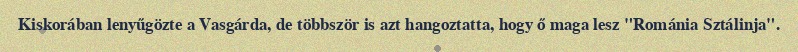
Kiskorában lenyűgözte a Vasgárda, de többször is azt hangoztatta, hogy ő maga lesz "Románia Sztálinja".